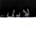
لايل